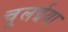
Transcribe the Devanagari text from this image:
चूलईया